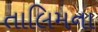
તાલિમના